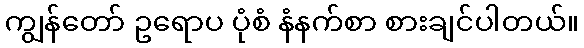
ကျွန်တော် ဥရောပ ပုံစံ နံနက်စာ စားချင်ပါတယ်။